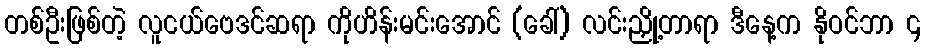
တစ်ဦးဖြစ်တဲ့ လူငယ်ဗေဒင်ဆရာ ကိုဟိန်းမင်းအောင် (ခေါ်) လင်းညှို့တာရာ ဒီနေ့က နိုဝင်ဘာ ၄